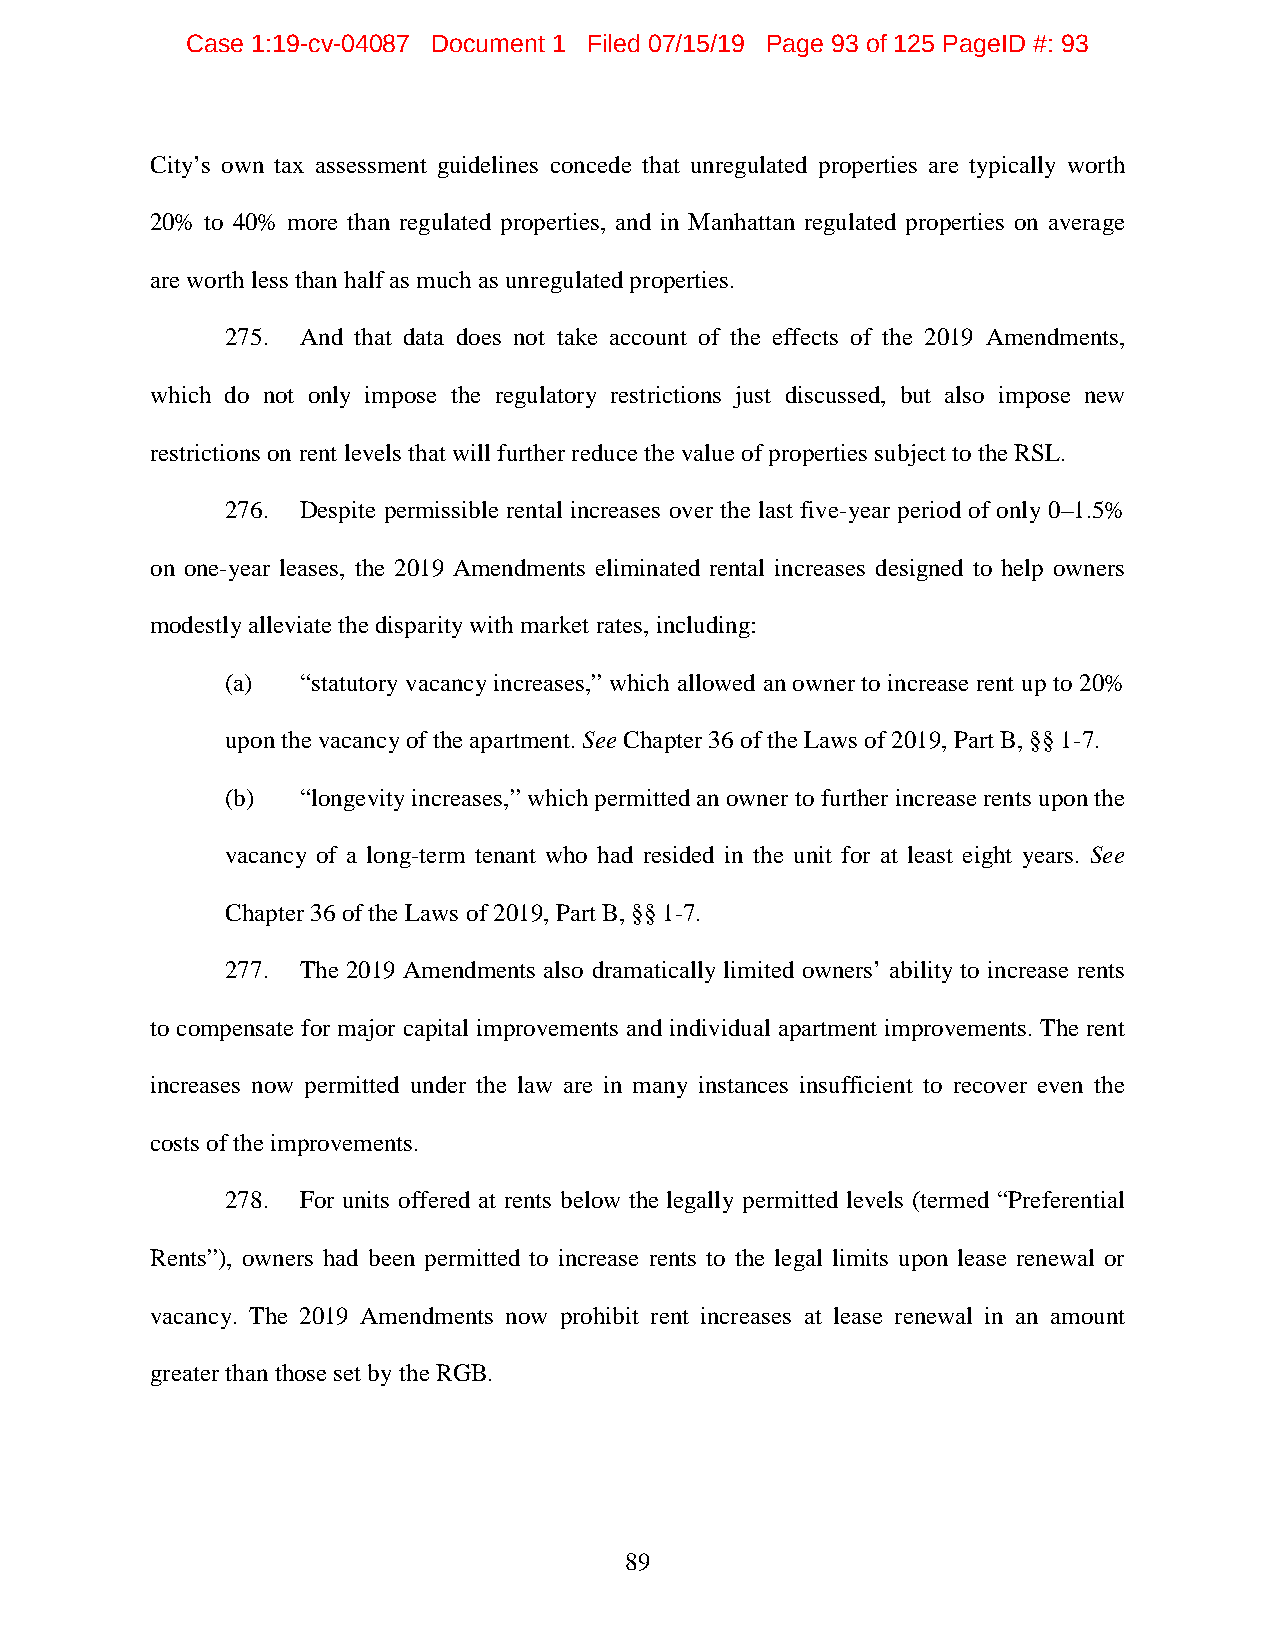
Case 1:19-cv-04087 Document 1 Filed 07/15/19 Page 93 of 125 PageID #: 93
 City’s own tax assessment guidelines concede that unregulated properties are typically worth
 20% to 40% more than regulated properties, and in Manhattan regulated properties on average
 are worth less than half as much as unregulated properties.
 275. And that data does not take account of the effects of the 2019 Amendments,
 which do not only impose the regulatory restrictions just discussed, but also impose new
 restrictions on rent levels that will further reduce the value of properties subject to the RSL.
 276. Despite permissible rental increases over the last five-year period of only 0–1.5%
 on one-year leases, the 2019 Amendments eliminated rental increases designed to help owners
 modestly alleviate the disparity with market rates, including:
 (a)  “statutory vacancy increases,” which allowed an owner to increase rent up to 20%
 upon the vacancy of the apartment. See Chapter 36 of the Laws of 2019, Part B, §§ 1-7.
 (b)  “longevity increases,” which permitted an owner to further increase rents upon the
 vacancy of a long-term tenant who had resided in the unit for at least eight years. See
 Chapter 36 of the Laws of 2019, Part B, §§ 1-7.
 277. The 2019 Amendments also dramatically limited owners’ ability to increase rents
 to compensate for major capital improvements and individual apartment improvements. The rent
 increases now permitted under the law are in many instances insufficient to recover even the
 costs of the improvements.
 278. For units offered at rents below the legally permitted levels (termed “Preferential
 Rents”), owners had been permitted to increase rents to the legal limits upon lease renewal or
 vacancy. The 2019 Amendments now prohibit rent increases at lease renewal in an amount
 greater than those set by the RGB.
 89